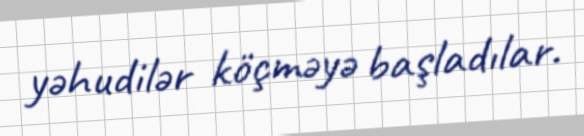
yəhudilər köçməyə başladılar.